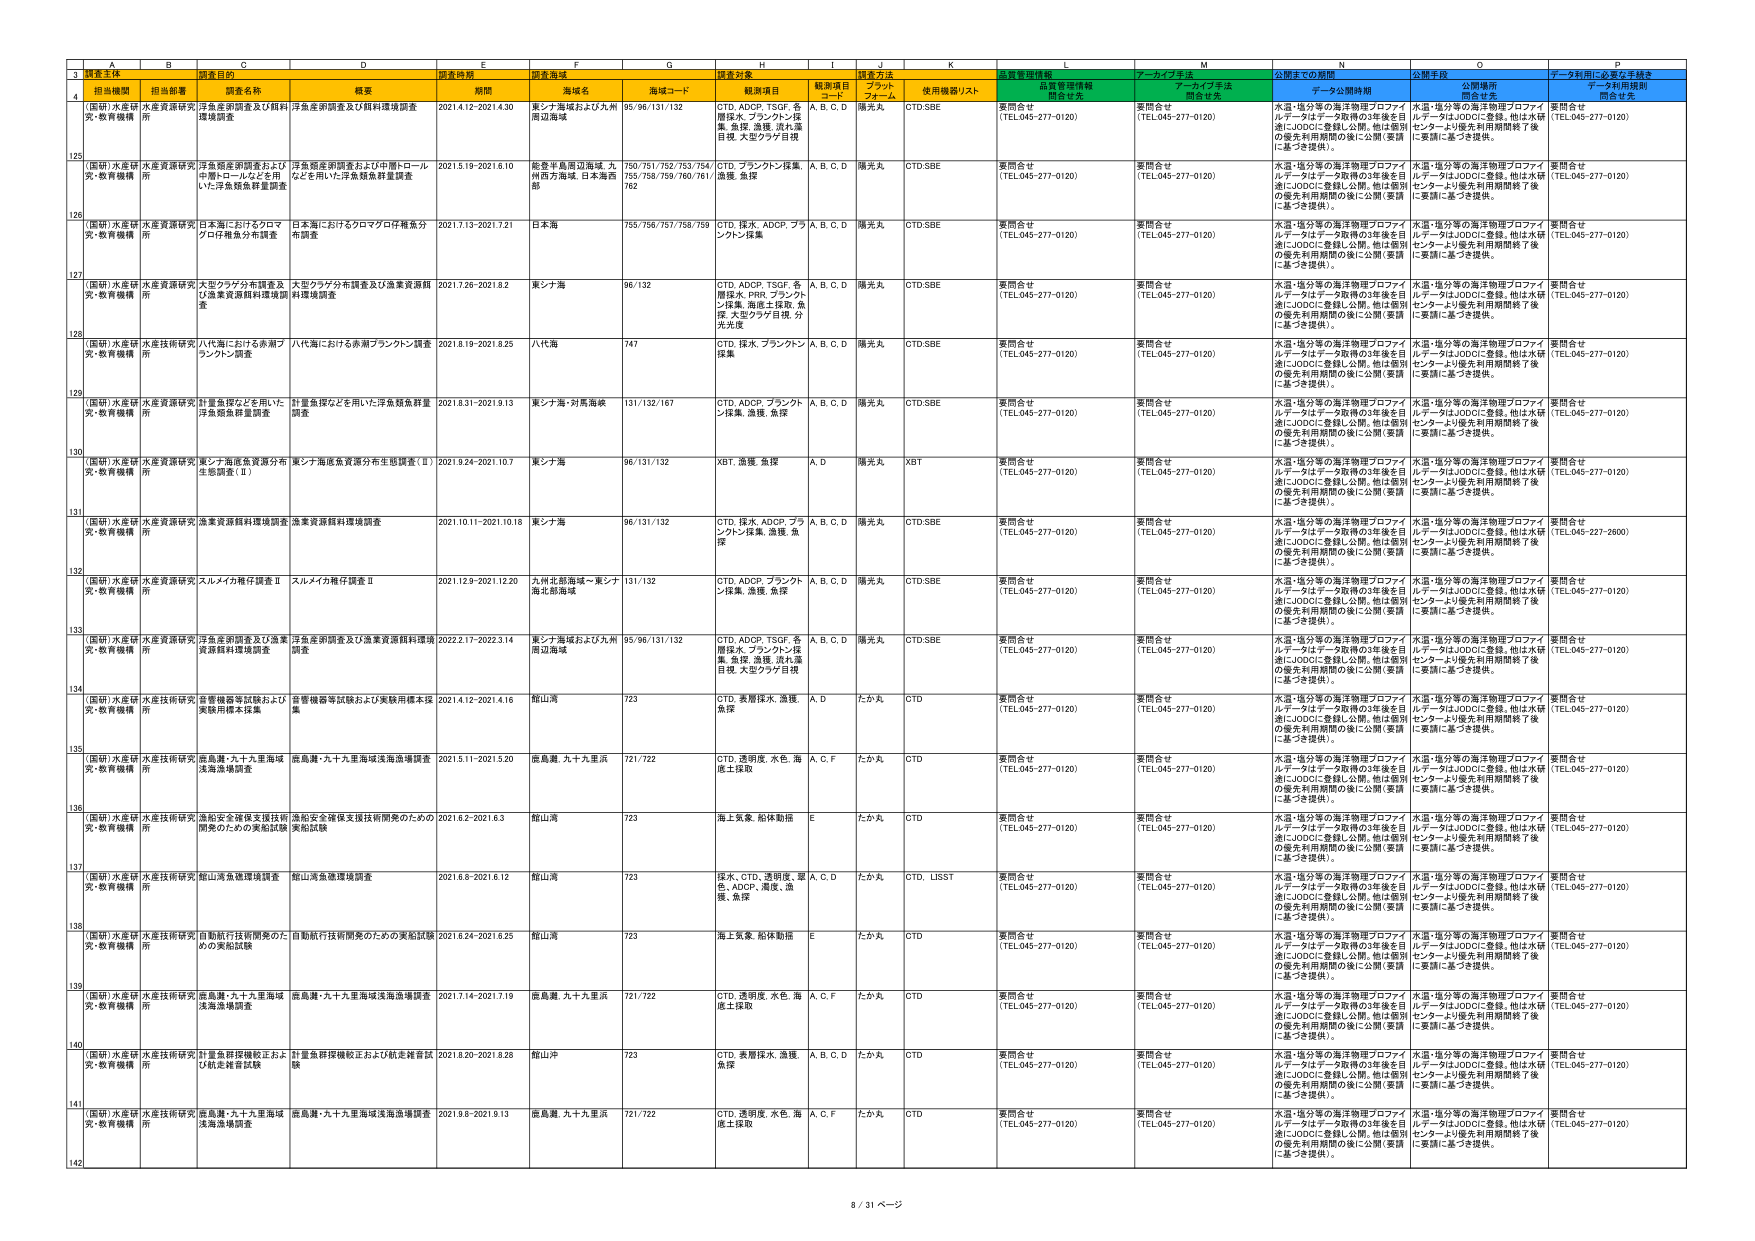
3 調査主体 調査目的 調査時期 調査海域 調査対象 調査方法 質量管理情報 アーカイブ手法 公開までの期間 公開手段 データ利用に必要な手続き
4 担当機関 担当部署 調査名称 概要 期間 海域名 海域コード 観測項目 観測項目 コード プラット フォーム 使用機器リスト 開発者 アーカイブ手法 開発者 データ公開期間 公開場所 開発者 データ利用規則 開発者
125 （国研）水産研 究・教育機構 水産資源研究 所 洋魚類金額調査及び飼料環境調査 洋魚金額調査及び飼料環境調査 2021.4.12-2021.4.30 東シナ海域および九州 周辺海域 95/96/131/132 CTD, ADCP, TSOF, 各 層採水, プランクトン採 集, 魚探, 漁獲, 流れ測 定, 大型クラゲ目視 A, B, C, D 曝光丸 CTD,SBE 要問合せ （TEL.045-277-0120） 要問合せ （TEL.045-277-0120） 水温・塩分等の海洋物理プロファイ ルデータはデータ取得の3年後を目 指しJODCに登録し公開。他は個別 の優先利用期間の後に公開（要請 に基づき提供）。 水温・塩分等の海洋物理プロファイ ルデータはJODCに登録。他は水研 センターより優先利用期間終了後 に要請に基づき提供。 要問合せ （TEL.045-277-0120）
126 （国研）水産研 究・教育機構 水産資源研究 所 洋魚類金額調査および中間トロール 作業トロールなどを用 いた洋魚類魚群量調査 洋魚類金額調査および中間トロール などを用いた洋魚類魚群量調査 2021.5.19-2021.6.10 能登半島周辺海域, 九 州西方海域, 日本海西 部 750/751/752/753/754/ 755/758/759/760/761/ 762 CTD, プランクトン採集, 魚探 A, B, C, D 曝光丸 CTD,SBE 要問合せ （TEL.045-277-0120） 要問合せ （TEL.045-277-0120） 水温・塩分等の海洋物理プロファイ ルデータはデータ取得の3年後を目 指しJODCに登録し公開。他は個別 の優先利用期間の後に公開（要請 に基づき提供）。 水温・塩分等の海洋物理プロファイ ルデータはJODCに登録。他は水研 センターより優先利用期間終了後 に要請に基づき提供。 要問合せ （TEL.045-277-0120）
127 （国研）水産研 究・教育機構 水産資源研究 所 日本海におけるクロマグロ稚魚分 布調査 日本海におけるクロマグロ稚魚分 布調査 2021.7.13-2021.7.21 日本海 755/756/757/758/759 クラウン採集 A, B, C, D 曝光丸 CTD,SBE 要問合せ （TEL.045-277-0120） 要問合せ （TEL.045-277-0120） 水温・塩分等の海洋物理プロファイ ルデータはデータ取得の3年後を目 指しJODCに登録し公開。他は個別 の優先利用期間の後に公開（要請 に基づき提供）。 水温・塩分等の海洋物理プロファイ ルデータはJODCに登録。他は水研 センターより優先利用期間終了後 に要請に基づき提供。 要問合せ （TEL.045-277-0120）
128 （国研）水産研 究・教育機構 水産資源研究 所 大型クラゲ分布調査及 び漁業資源飼料環境調 査 大型クラゲ分布調査及び漁業資源飼 料環境調査 2021.7.26-2021.8.2 東シナ海 96/132 CTD, ADCP, TSOF, 各 層採水, PRR, プランクト ン採集, 海底土採取, 魚 探, 大型クラゲ目視, 分 光光度 A, B, C, D 曝光丸 CTD,SBE 要問合せ （TEL.045-277-0120） 要問合せ （TEL.045-277-0120） 水温・塩分等の海洋物理プロファイ ルデータはデータ取得の3年後を目 指しJODCに登録し公開。他は個別 の優先利用期間の後に公開（要請 に基づき提供）。 水温・塩分等の海洋物理プロファイ ルデータはJODCに登録。他は水研 センターより優先利用期間終了後 に要請に基づき提供。 要問合せ （TEL.045-277-0120）
129 （国研）水産研 究・教育機構 水産技術研究 所 八代海における赤潮プ ランクトン調査 八代海における赤潮プランクトン調査 2021.8.19-2021.8.25 八代海 747 CTD, 採水, プランクトン 採集 A, B, C, D 曝光丸 CTD,SBE 要問合せ （TEL.045-277-0120） 要問合せ （TEL.045-277-0120） 水温・塩分等の海洋物理プロファイ ルデータはデータ取得の3年後を目 指しJODCに登録し公開。他は個別 の優先利用期間の後に公開（要請 に基づき提供）。 水温・塩分等の海洋物理プロファイ ルデータはJODCに登録。他は水研 センターより優先利用期間終了後 に要請に基づき提供。 要問合せ （TEL.045-277-0120）
130 （国研）水産研 究・教育機構 水産資源研究 所 計量魚探などを用いた 洋魚類魚群量調査 計量魚探などを用いた洋魚類魚群量 調査 2021.8.31-2021.9.13 東シナ海/対馬海峡 131/132/167 CTD, ADCP, プランクト ン採集, 漁獲, 魚探 A, B, C, D 曝光丸 CTD,SBE 要問合せ （TEL.045-277-0120） 要問合せ （TEL.045-277-0120） 水温・塩分等の海洋物理プロファイ ルデータはデータ取得の3年後を目 指しJODCに登録し公開。他は個別 の優先利用期間の後に公開（要請 に基づき提供）。 水温・塩分等の海洋物理プロファイ ルデータはJODCに登録。他は水研 センターより優先利用期間終了後 に要請に基づき提供。 要問合せ （TEL.045-277-0120）
131 （国研）水産研 究・教育機構 水産資源研究 所 東シナ海底魚資源分布 生態調査（Ⅰ） 東シナ海底魚資源分布生態調査（Ⅰ） 2021.9.24-2021.10.7 東シナ海 96/131/132 XBT, 漁獲, 魚探 A, D 曝光丸 XBT 要問合せ （TEL.045-277-0120） 要問合せ （TEL.045-277-0120） 水温・塩分等の海洋物理プロファイ ルデータはデータ取得の3年後を目 指しJODCに登録し公開。他は個別 の優先利用期間の後に公開（要請 に基づき提供）。 水温・塩分等の海洋物理プロファイ ルデータはJODCに登録。他は水研 センターより優先利用期間終了後 に要請に基づき提供。 要問合せ （TEL.045-277-0120）
132 （国研）水産研 究・教育機構 水産資源研究 所 漁業資源飼料環境調査 漁業資源飼料環境調査 2021.10.11-2021.10.18 東シナ海 96/131/132 CTD, 採水, ADCP, フラ ンクトン採集, 漁獲, 魚 探 A, B, C, D 曝光丸 CTD,SBE 要問合せ （TEL.045-277-0120） 要問合せ （TEL.045-277-0120） 水温・塩分等の海洋物理プロファイ ルデータはデータ取得の3年後を目 指しJODCに登録し公開。他は個別 の優先利用期間の後に公開（要請 に基づき提供）。 水温・塩分等の海洋物理プロファイ ルデータはJODCに登録。他は水研 センターより優先利用期間終了後 に要請に基づき提供。 要問合せ （TEL.045-227-2600）
133 （国研）水産研 究・教育機構 水産資源研究 所 スルメイカ稚仔調査Ⅱ スルメイカ稚仔調査Ⅱ 2021.12.9-2021.12.20 九州北部海域～東シナ 海北部海域 131/132 CTD, ADCP, プランクト ン採集, 漁獲, 魚探 A, B, C, D 曝光丸 CTD,SBE 要問合せ （TEL.045-277-0120） 要問合せ （TEL.045-277-0120） 水温・塩分等の海洋物理プロファイ ルデータはデータ取得の3年後を目 指しJODCに登録し公開。他は個別 の優先利用期間の後に公開（要請 に基づき提供）。 水温・塩分等の海洋物理プロファイ ルデータはJODCに登録。他は水研 センターより優先利用期間終了後 に要請に基づき提供。 要問合せ （TEL.045-277-0120）
134 （国研）水産研 究・教育機構 水産資源研究 所 洋魚金額調査及び漁業 資源飼料環境調査 洋魚金額調査及び漁業資源飼料環境 調査 2022.2.17-2022.3.14 東シナ海域および九州 周辺海域 95/96/131/132 CTD, ADCP, TSOF, 各 層採水, プランクトン採 集, 魚探, 漁獲, 流れ測 定, 大型クラゲ目視 A, B, C, D 曝光丸 CTD,SBE 要問合せ （TEL.045-277-0120） 要問合せ （TEL.045-277-0120） 水温・塩分等の海洋物理プロファイ ルデータはデータ取得の3年後を目 指しJODCに登録し公開。他は個別 の優先利用期間の後に公開（要請 に基づき提供）。 水温・塩分等の海洋物理プロファイ ルデータはJODCに登録。他は水研 センターより優先利用期間終了後 に要請に基づき提供。 要問合せ （TEL.045-277-0120）
135 （国研）水産研 究・教育機構 水産技術研究 所 辛曽機器等試験および 実験用標本採集 辛曽機器等試験および実験用標本採 集 2021.4.12-2021.4.16 館山湾 723 CTD, 表層採水, 漁獲, 魚探 A, D たか丸 CTD 要問合せ （TEL.045-277-0120） 要問合せ （TEL.045-277-0120） 水温・塩分等の海洋物理プロファイ ルデータはデータ取得の3年後を目 指しJODCに登録し公開。他は個別 の優先利用期間の後に公開（要請 に基づき提供）。 水温・塩分等の海洋物理プロファイ ルデータはJODCに登録。他は水研 センターより優先利用期間終了後 に要請に基づき提供。 要問合せ （TEL.045-277-0120）
136 （国研）水産研 究・教育機構 水産技術研究 所 鹿島灘・九十九里海域 浅海漁場調査 鹿島灘・九十九里海域浅海漁場調査 2021.5.11-2021.5.20 鹿島灘, 九十九里浜 721/722 CTD, 透明度, 水色, 海 底土採取 A, C, F たか丸 CTD 要問合せ （TEL.045-277-0120） 要問合せ （TEL.045-277-0120） 水温・塩分等の海洋物理プロファイ ルデータはデータ取得の3年後を目 指しJODCに登録し公開。他は個別 の優先利用期間の後に公開（要請 に基づき提供）。 水温・塩分等の海洋物理プロファイ ルデータはJODCに登録。他は水研 センターより優先利用期間終了後 に要請に基づき提供。 要問合せ （TEL.045-277-0120）
137 （国研）水産研 究・教育機構 水産技術研究 所 造船安全確保支援技術 開発のための実船試験 造船安全確保支援技術開発のための 実船試験 2021.6.2-2021.6.3 館山湾 723 海上気象, 船体動揺 E たか丸 CTD 要問合せ （TEL.045-277-0120） 要問合せ （TEL.045-277-0120） 水温・塩分等の海洋物理プロファイ ルデータはデータ取得の3年後を目 指しJODCに登録し公開。他は個別 の優先利用期間の後に公開（要請 に基づき提供）。 水温・塩分等の海洋物理プロファイ ルデータはJODCに登録。他は水研 センターより優先利用期間終了後 に要請に基づき提供。 要問合せ （TEL.045-277-0120）
138 （国研）水産研 究・教育機構 水産技術研究 所 館山湾魚礁環境調査 館山湾魚礁環境調査 2021.6.8-2021.6.12 館山湾 723 採水, CTD, 透明度, 藻 色, ADCP, 漁獲, 漁 獲, 魚探 A, C, D たか丸 CTD, LSSIT 要問合せ （TEL.045-277-0120） 要問合せ （TEL.045-277-0120） 水温・塩分等の海洋物理プロファイ ルデータはデータ取得の3年後を目 指しJODCに登録し公開。他は個別 の優先利用期間の後に公開（要請 に基づき提供）。 水温・塩分等の海洋物理プロファイ ルデータはJODCに登録。他は水研 センターより優先利用期間終了後 に要請に基づき提供。 要問合せ （TEL.045-277-0120）
139 （国研）水産研 究・教育機構 水産技術研究 所 自動航行技術開発のた めの実船試験 自動航行技術開発のための実船試験 2021.6.24-2021.6.25 館山湾 723 海上気象, 船体動揺 E たか丸 CTD 要問合せ （TEL.045-277-0120） 要問合せ （TEL.045-277-0120） 水温・塩分等の海洋物理プロファイ ルデータはデータ取得の3年後を目 指しJODCに登録し公開。他は個別 の優先利用期間の後に公開（要請 に基づき提供）。 水温・塩分等の海洋物理プロファイ ルデータはJODCに登録。他は水研 センターより優先利用期間終了後 に要請に基づき提供。 要問合せ （TEL.045-277-0120）
140 （国研）水産研 究・教育機構 水産技術研究 所 鹿島灘・九十九里海域 浅海漁場調査 鹿島灘・九十九里海域浅海漁場調査 2021.7.14-2021.7.19 鹿島灘, 九十九里浜 721/722 CTD, 透明度, 水色, 海 底土採取 A, C, F たか丸 CTD 要問合せ （TEL.045-277-0120） 要問合せ （TEL.045-277-0120） 水温・塩分等の海洋物理プロファイ ルデータはデータ取得の3年後を目 指しJODCに登録し公開。他は個別 の優先利用期間の後に公開（要請 に基づき提供）。 水温・塩分等の海洋物理プロファイ ルデータはJODCに登録。他は水研 センターより優先利用期間終了後 に要請に基づき提供。 要問合せ （TEL.045-277-0120）
141 （国研）水産研 究・教育機構 水産技術研究 所 計量魚群探機校正および航走雑音試 験 計量魚群探機校正および航走雑音試 験 2021.8.20-2021.8.26 館山沖 723 CTD, 表層採水, 漁獲, 魚探 A, B, C, D たか丸 CTD 要問合せ （TEL.045-277-0120） 要問合せ （TEL.045-277-0120） 水温・塩分等の海洋物理プロファイ ルデータはデータ取得の3年後を目 指しJODCに登録し公開。他は個別 の優先利用期間の後に公開（要請 に基づき提供）。 水温・塩分等の海洋物理プロファイ ルデータはJODCに登録。他は水研 センターより優先利用期間終了後 に要請に基づき提供。 要問合せ （TEL.045-277-0120）
142 （国研）水産研 究・教育機構 水産技術研究 所 鹿島灘・九十九里海域 浅海漁場調査 鹿島灘・九十九里海域浅海漁場調査 2021.9.8-2021.9.13 鹿島灘, 九十九里浜 721/722 CTD, 透明度, 水色, 海 底土採取 A, C, F たか丸 CTD 要問合せ （TEL.045-277-0120） 要問合せ （TEL.045-277-0120） 水温・塩分等の海洋物理プロファイ ルデータはデータ取得の3年後を目 指しJODCに登録し公開。他は個別 の優先利用期間の後に公開（要請 に基づき提供）。 水温・塩分等の海洋物理プロファイ ルデータはJODCに登録。他は水研 センターより優先利用期間終了後 に要請に基づき提供。 要問合せ （TEL.045-277-0120）
8 / 31 ページ